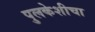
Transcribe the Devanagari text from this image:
पुलकेशीचा